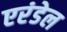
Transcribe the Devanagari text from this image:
एरंडेल